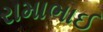
રામાભાઈ